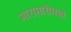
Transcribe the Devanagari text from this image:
मारामारीमध्ये